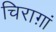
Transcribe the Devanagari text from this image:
चिराग़ां